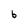
Character: b